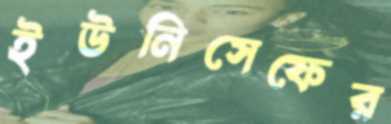
ইউনিসেফের